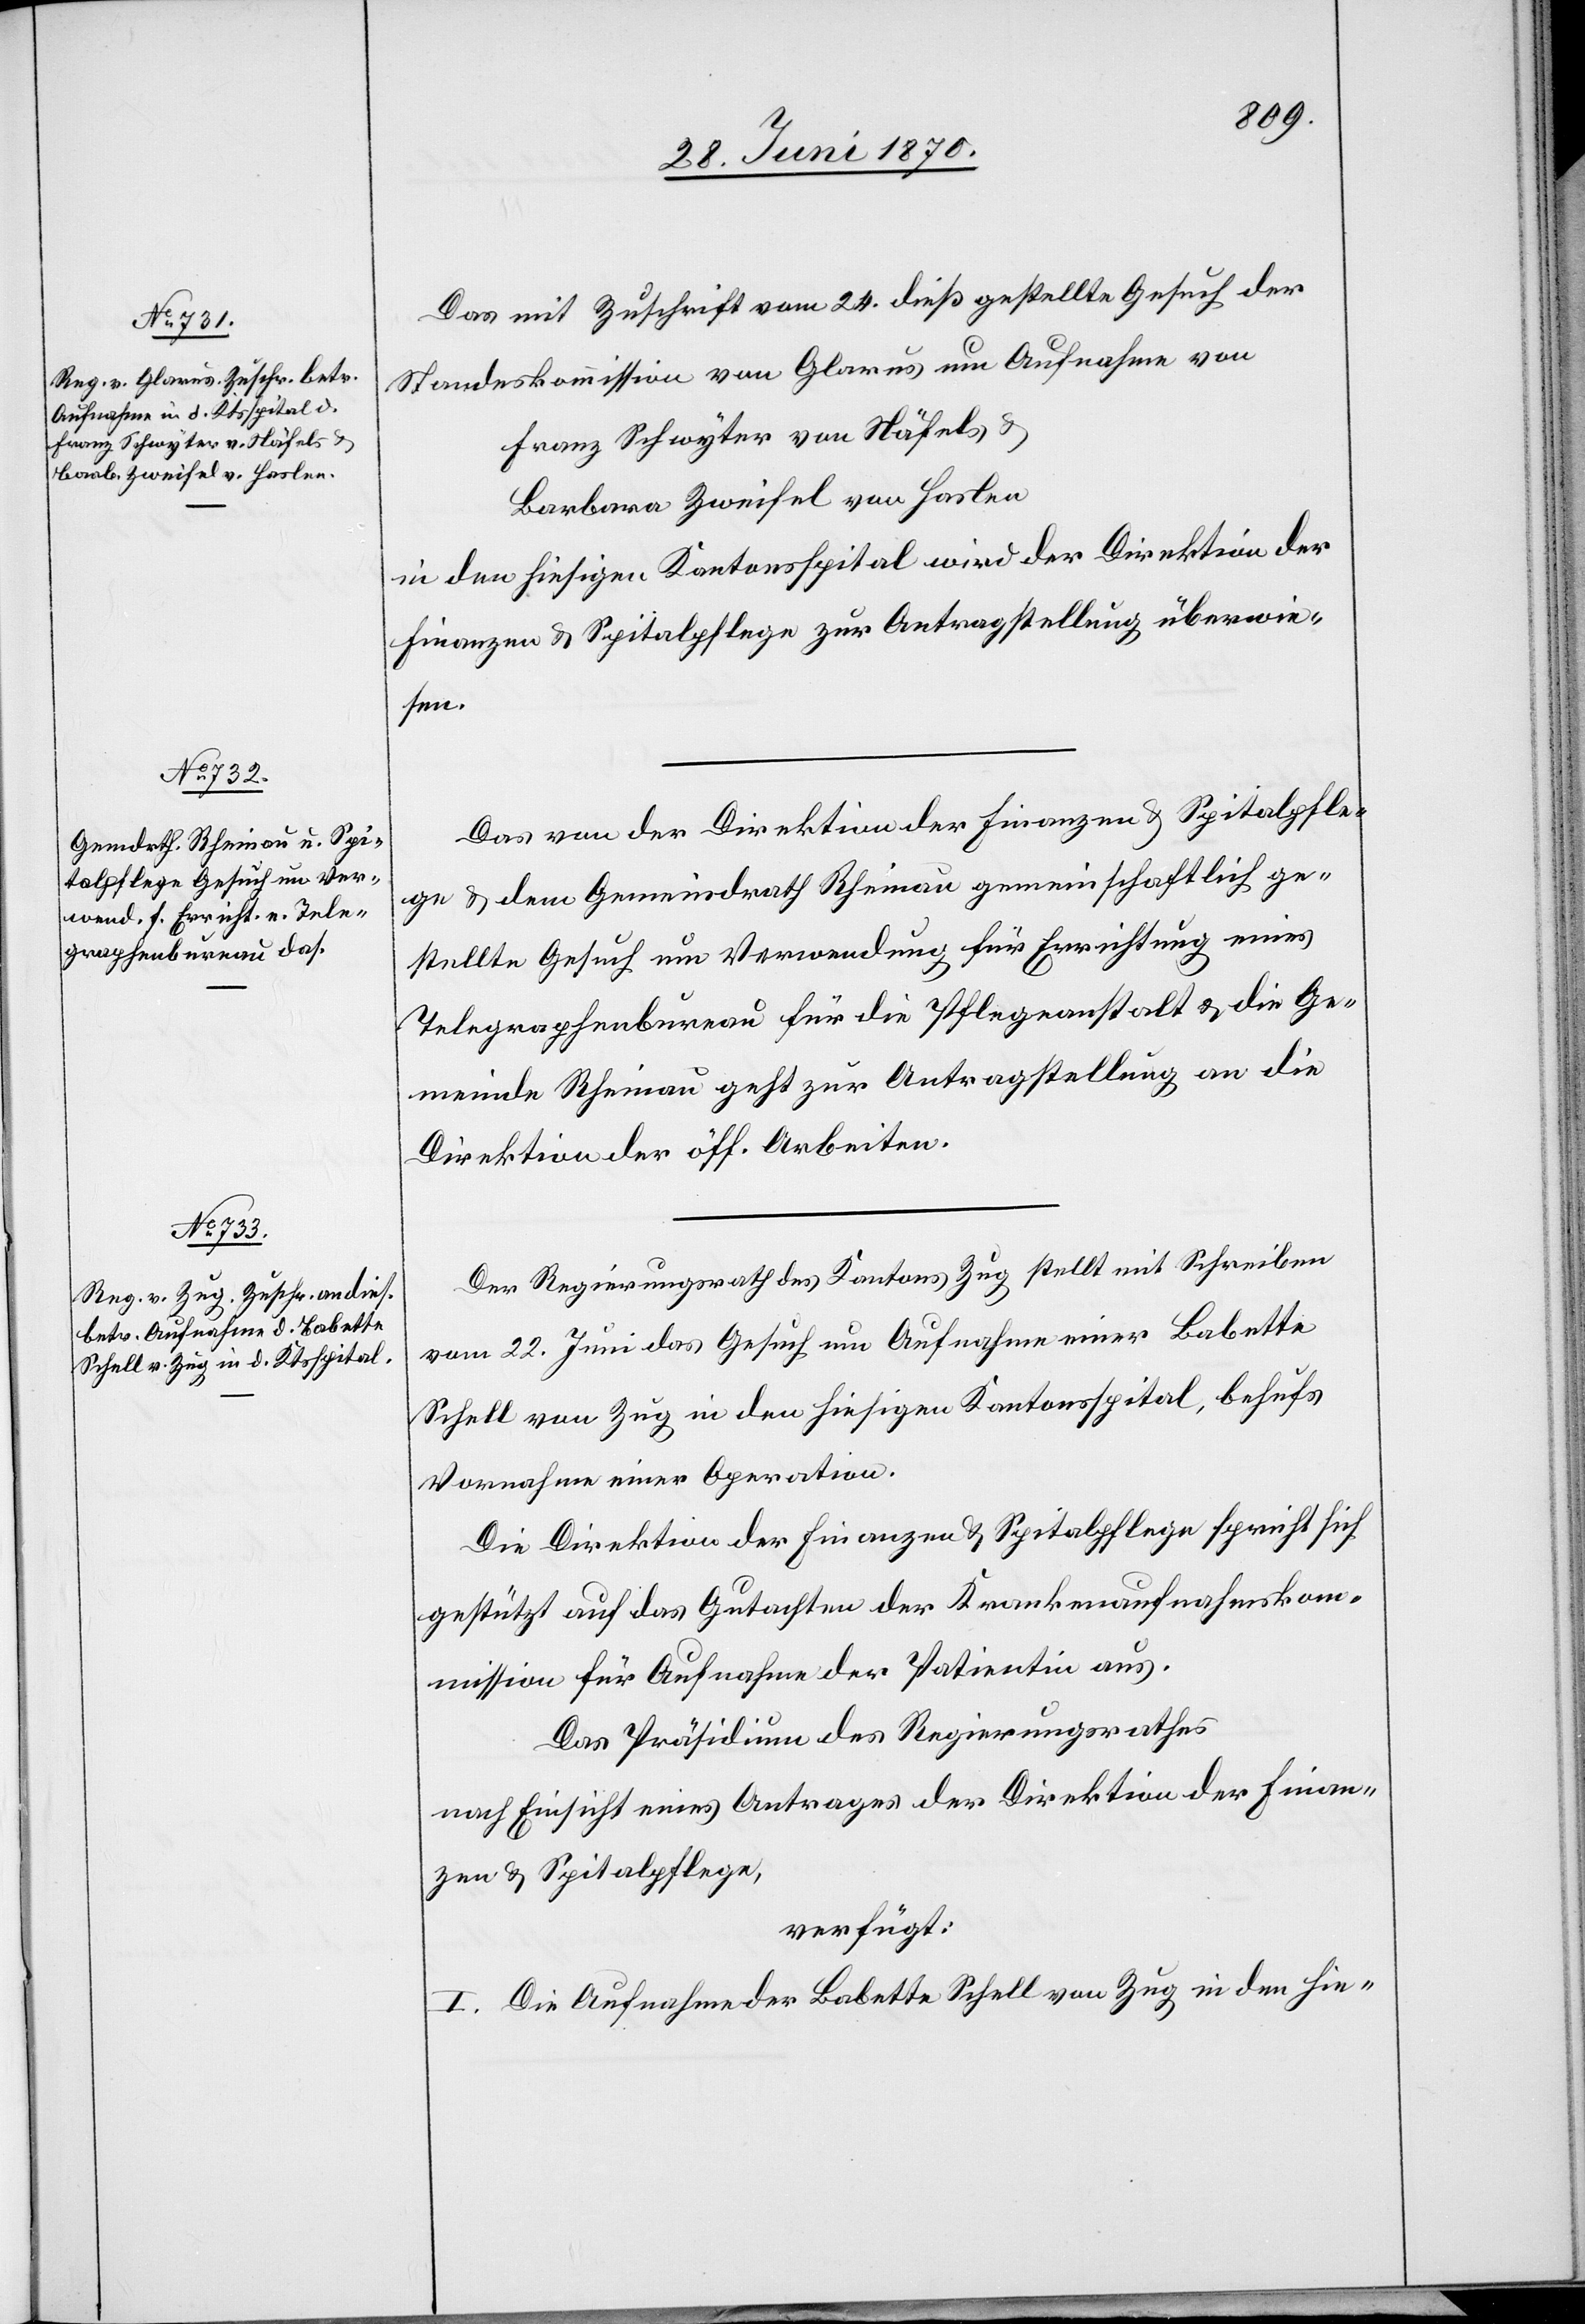
28. Juni 1870.]
Das mit Zuschrift vom 24. dieß gestellte Gesuch der
Standeskommission von Glarus um Aufnahme von
Franz Schwyter von Näfels &
Barbara Zweifel von Haslen
in den hiesigen Kantonsspital wird der Direktion der
Finanzen & Spitalpflege zur Antragstellung überwie¬
sen.
Das von der Direktion der Finanzen & Spitalpfle¬
ge & dem Gemeindrath Rheinau gemeinschaftlich ge¬
stellte Gesuch um Verwendung für Errichtung eines
Telegraphenbureau für die Pflegeanstalt & die Ge¬
meinde Rheinau geht zur Antragstellung an die
Direktion der öff. Arbeiten.
Der Regierungsrath des Kantons Zug stellt mit Schreiben
vom 22. Juni das Gesuch um Aufnahme einer Babette
Schell von Zug in den hiesigen Kantonsspital, behufs
Vornahme einer Operation.
Die Direktion der Finanzen & Spitalpflege spricht sich
gestützt auf das Gutachten der Krankenaufnahmskom¬
mission für Aufnahme der Patientin aus.
Das Präsidium des Regierungsrathes
nach Einsicht eines Antrages der Direktion der Finan¬
zen & Spitalpflege,
verfügt:
I. Die Aufnahme der Babette Schell von Zug in den hie-